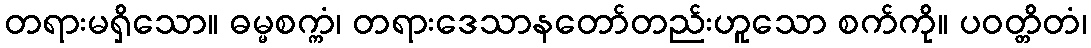
တရားမရှိသော။ ဓမ္မစက္ကံ၊ တရားဒေသာနတော်တည်းဟူသော စက်ကို။ ပဝတ္တိတံ၊